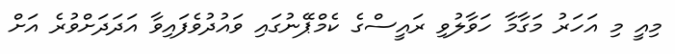
މިއީ މި އަހަރު މަގާމާ ހަވާލުވި ރައީސްގެ ކެމްޕޭނުގައި ވައުދުވެފައިވާ އަދަދަށްވުރެ އަށް